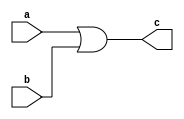
`timescale 1ns / 1ps
module orgate(a,b,c
    );
	input a;
	input b;
	output c;
	or o1(c,a,b);

endmodule